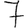
Digit: 7